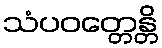
သံပဝတ္တေန္တိ